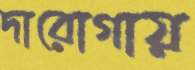
দারোগায়